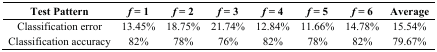
<table><thead><tr><td><b>Test Pattern</b></td><td><b><i>f</i> = 1</b></td><td><b><i>f</i> = 2</b></td><td><b><i>f</i> = 3</b></td><td><b><i>f</i> = 4</b></td><td><b><i>f</i> = 5</b></td><td><b><i>f</i> = 6</b></td><td><b>Average</b></td></tr></thead><tbody><tr><td>Classification error</td><td>13.45%</td><td>18.75%</td><td>21.74%</td><td>12.84%</td><td>11.66%</td><td>14.78%</td><td>15.54%</td></tr><tr><td>Classification accuracy</td><td>82%</td><td>78%</td><td>76%</td><td>82%</td><td>78%</td><td>82%</td><td>79.67%</td></tr></tbody></table>